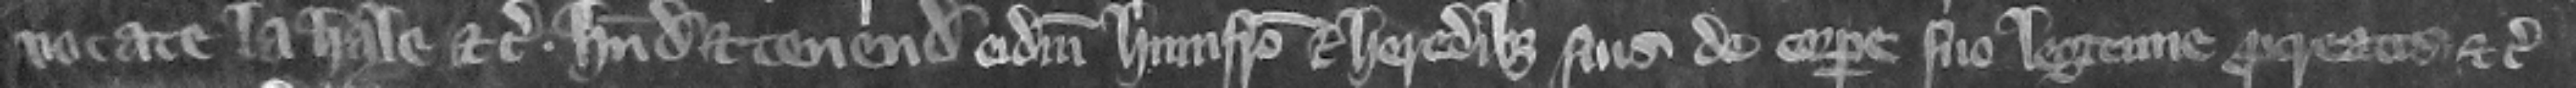
vocate la Hale etc. habendam et tenendam eidem Humfrido et heredibus suis de corpore suo legitime procreatis etc.